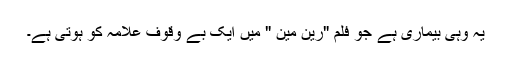
یہ وہی بیماری ہے جو فلم "رین مین " میں ایک بے وقوف علامہ کو ہوتی ہے۔